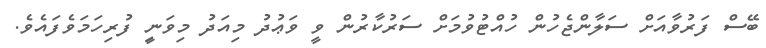
ބޭސް ފަރުވާއަށް ސަލާންޖެހުން ހުއްޓުވުމަށް ސަރުކާރުން ވީ ވަޢުދު މިއަދު މިވަނީި ފުރިހަމަވެފައެވެ.